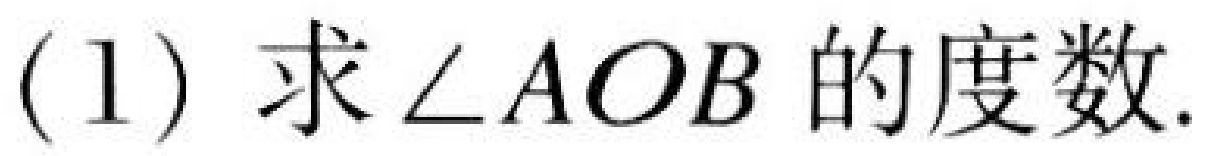
(1) 求\(\angle AOB\)的度数.